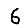
Digit: 6